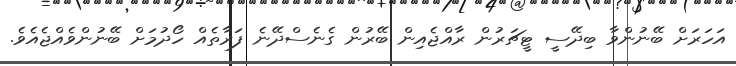
އަހަރަށް ބޭނުންވާ ބިދޭސީ ޓީޗަރުން ރާއްޖެއިން ބޭރުން ގެނެސްދޭނެ ފަރާތެއް ހޯދުމަށް ބޭނުންވެއްޖެއެވެ.